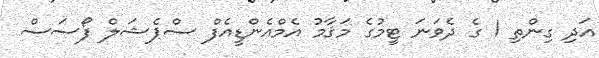
އަދި ގިންތި 1 ގެ ދެވަނަ ޓީމުގެ މަޤާމު އެމްއެންޑީއެފް ސްޕެޝަލް ފޯސަސް